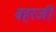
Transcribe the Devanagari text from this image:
बहरजी